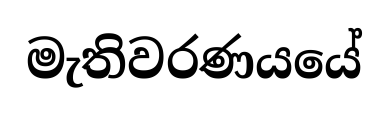
මැතිවරණයයේ